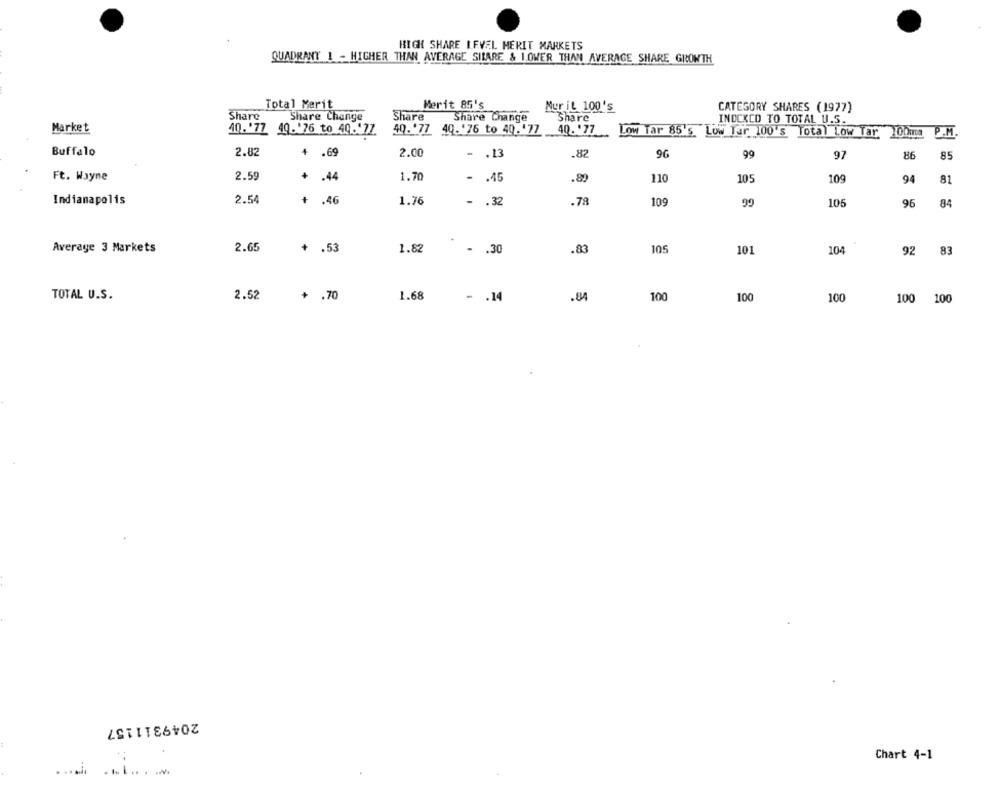
HIGH SHARE LEVEL HERIT MARKETS
QUADRANT 1 - HIGHER THAN AVERAGE SILARE & 1.OWER THAN AVERAGE SHARE GROWTH
Total Merit
Merit 85's
Mur iL 100's
CATEGORY SHARES (1977)
Share
Share Change
Share
Share Change
Share
INDEXCO TO TOTAL U.S.
Market
40.'77 40.'76 to 49.477
40.'77 40. '76 to 40.'77
40. . 77
Low Tar 85's Low Tar 100's Total Low Tar 100mm
P.M.
Buffalo
2.82
+
2.00
- . 13
.82
9G
97
86
85
Ft. Wayne
2.59
+ .44
1.70
- . 45
.80
110
105
109
94
81
Indianapolis
2.54
+
.46
1.76
- . 32
.78
109
105
96
84
Average 3 Markets
2.65
+ .53
1.82
- . 30
.83
105
101
104
92
83
TOTAL U.S.
2.52
+ .70
1.68
- . 14
.84
100
100
100
100 100
2049311157
Chart 4-1
.... i.